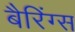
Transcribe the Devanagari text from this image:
बैरिंग्स